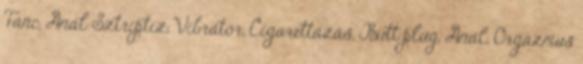
Tánc, Anál Sztriptíz, Vibrátor, Cigarettázás, Butt plug, Anál, Orgazmus